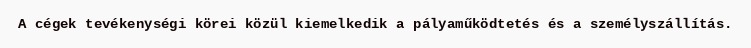
A cégek tevékenységi körei közül kiemelkedik a pályaműködtetés és a személyszállítás.